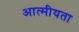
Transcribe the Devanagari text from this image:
आत्‍मीयता